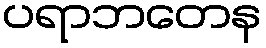
ပရာဘတေန